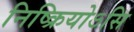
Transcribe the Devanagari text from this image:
निष्क्रियोऽसि